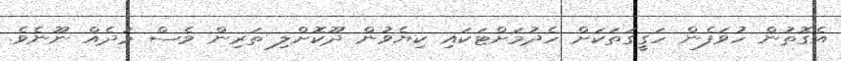
އެގޮތުން ހުވަފެން ހަގީގަތަކަށް ހެދުމަށްޓަކައި ކިޔެވުން ދޫކޮށްލި ތަރިން ވެސް މަދެއް ނޫނެވެ.